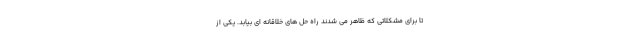
تا برای مشکلاتی که ظاهر می شدند راه حل های خلاقانه ای بیابد. یکی از